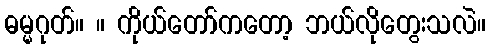
ဓမ္မဂုတ်။ ။ ကိုယ်တော်ကတော့ ဘယ်လိုတွေးသလဲ။